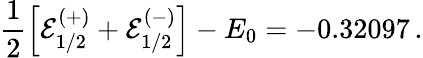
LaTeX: \frac{1}{2}\Big[{\cal E}_{1/2}^{(+)}+{\cal E}_{1/2}^{(-)}\Big]-{E}_{0}=-0.32097\, .